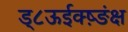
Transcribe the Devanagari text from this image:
ड्८ऊईक्ष़्ङंक्ष